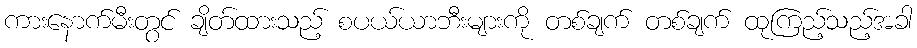
ကားနောက်မီးတွင် ချိတ်ထားသည့် စပယ်ယာဘီးများကို တစ်ချက် တစ်ချက် ထုကြည့်သည့်အခါ